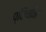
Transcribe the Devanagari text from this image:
प्रियॉन